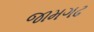
જામગઢ